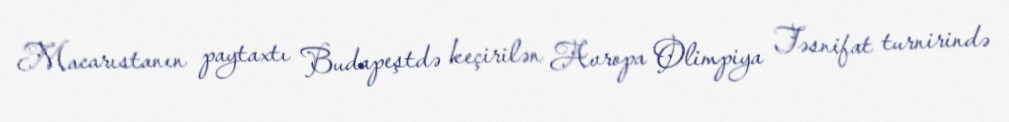
Macarıstanın paytaxtı Budapeştdə keçirilən Avropa Olimpiya Təsnifat turnirində